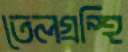
তেলগ্রন্থি